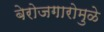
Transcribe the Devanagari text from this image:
बेरोजगारोमुळे